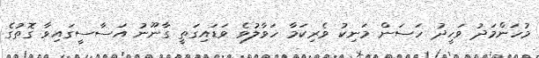
މުހަންމަދު ވަހީދު ހަސަން މަނިކު ވެރިކަމާ ހަވާލުވެ ވަޑައިގަތީ ގާނޫނު އަސާސީގައިވާ ގޮތުގެ